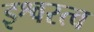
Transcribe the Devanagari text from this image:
इश्वरत्व